Jaan_Tonisson_(Lasteleht), lk 39
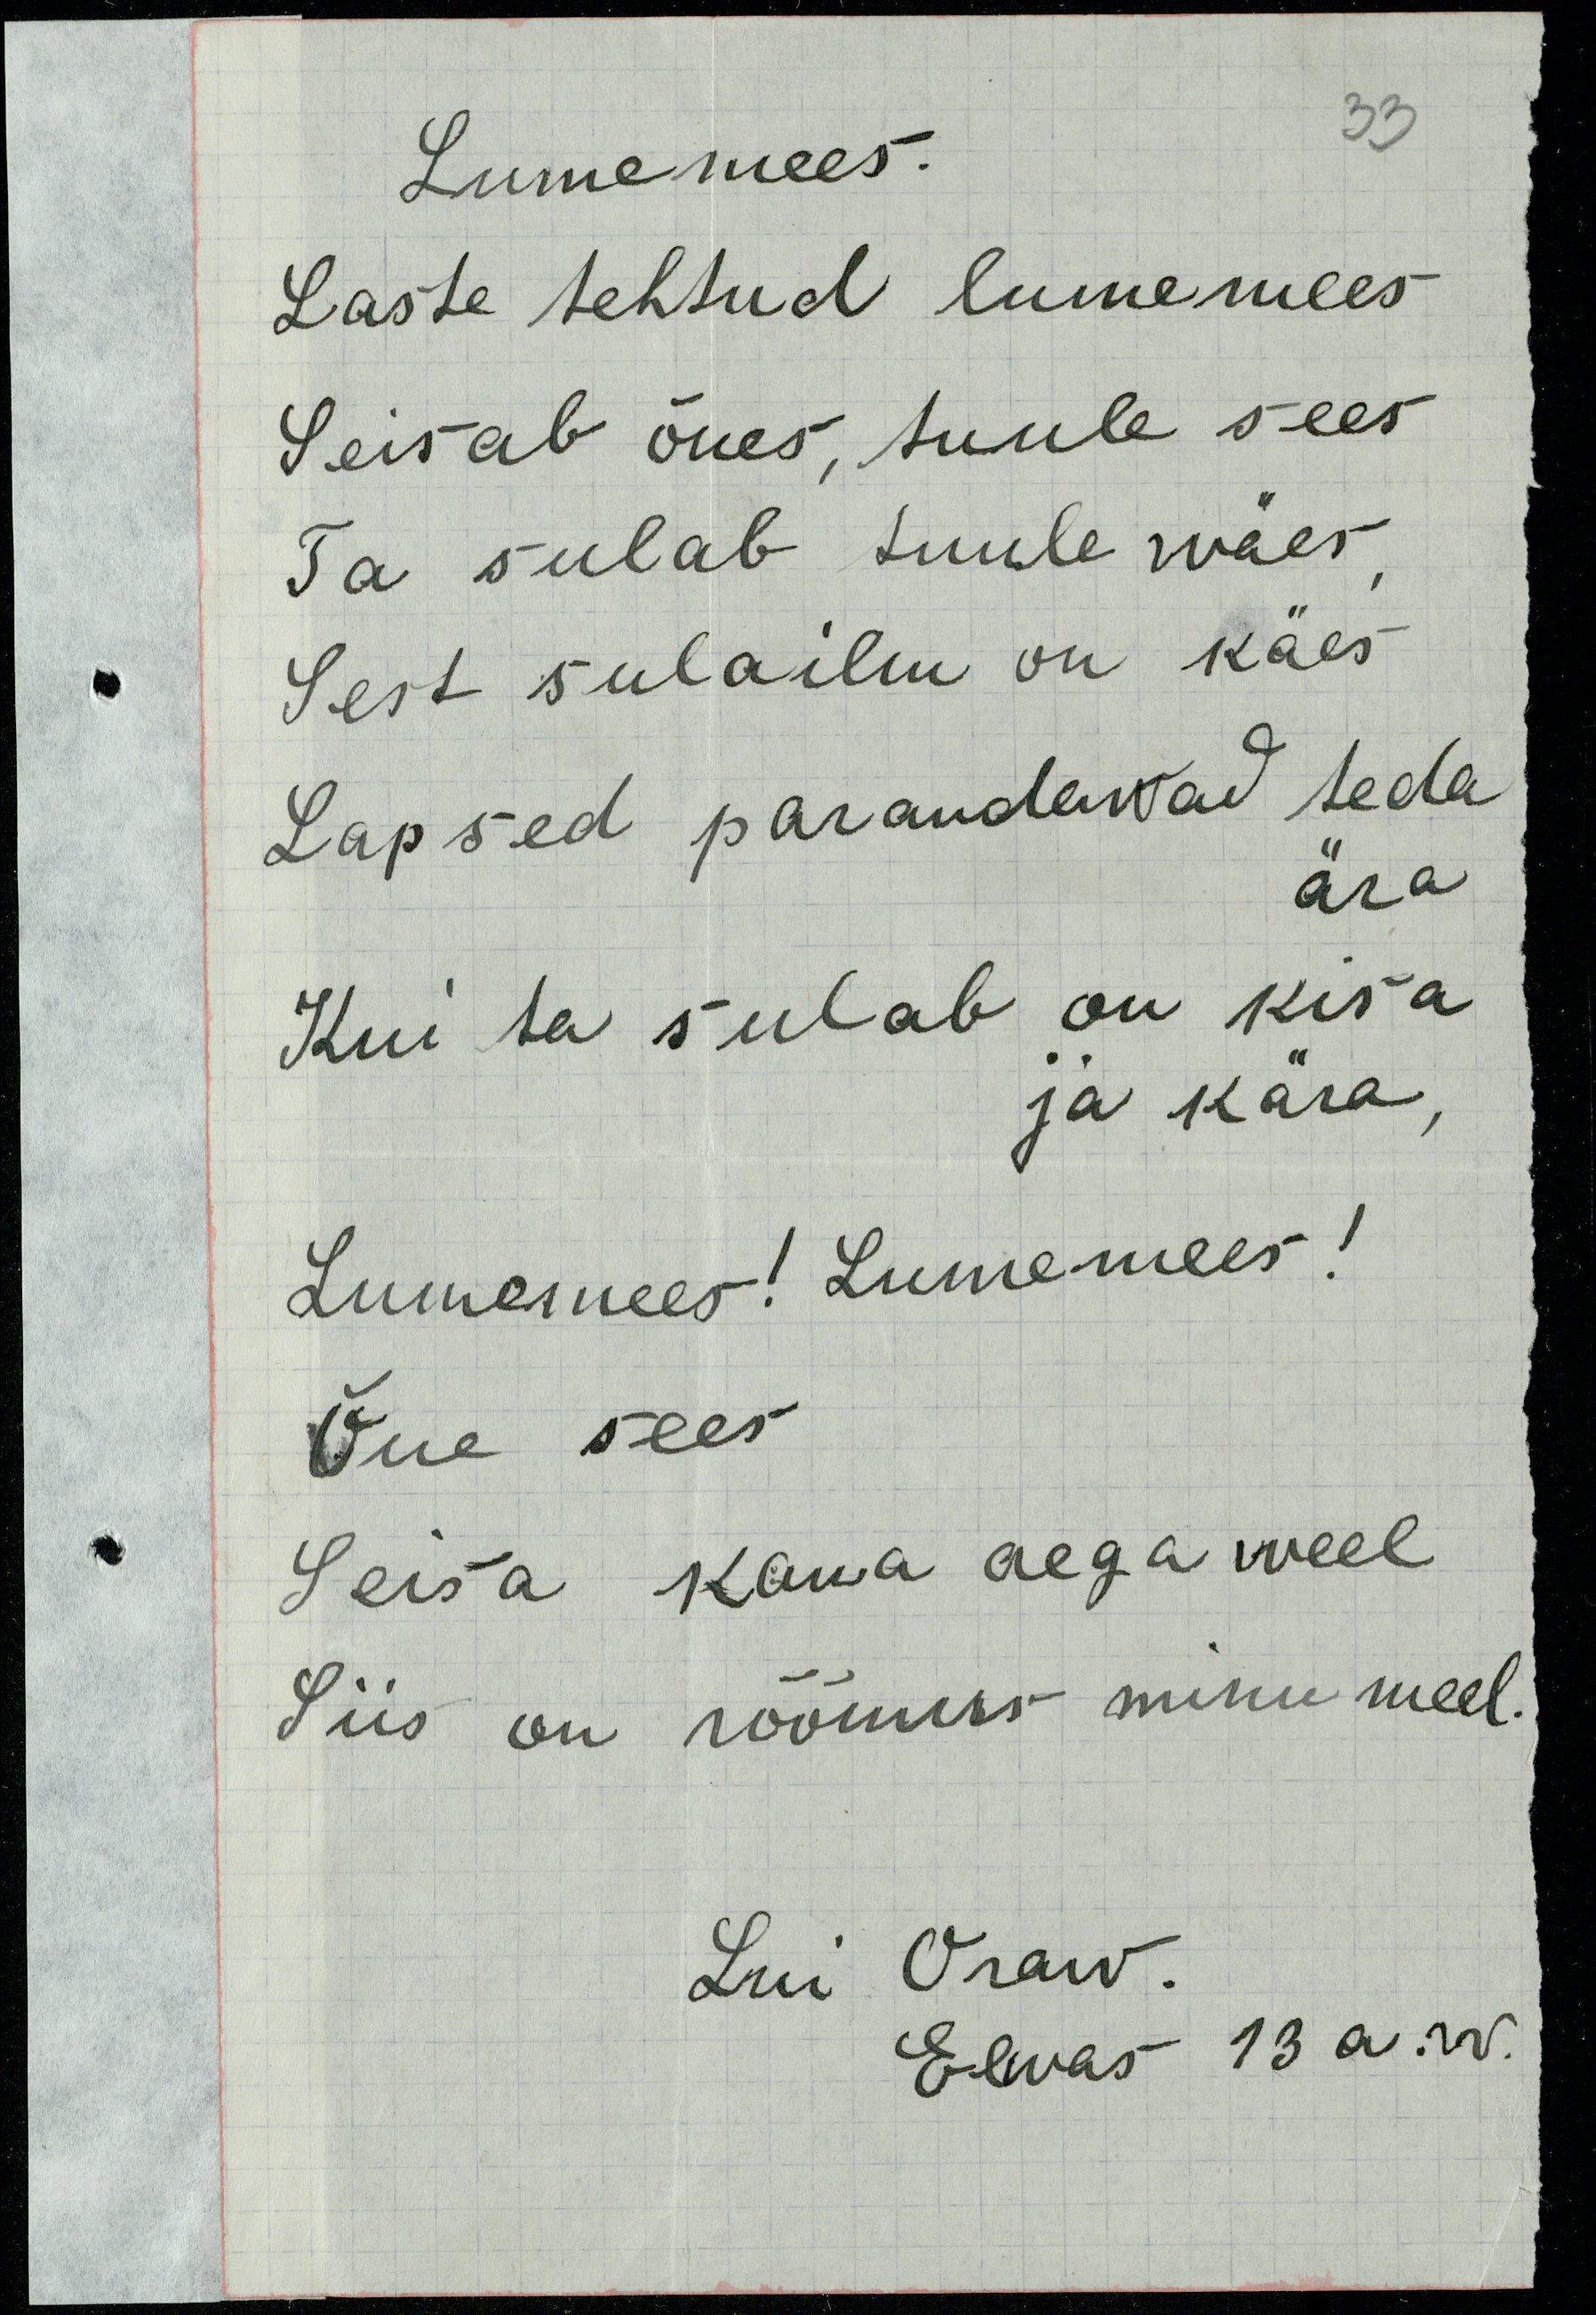
Lumemees.
Laste tehtud lumemees
Seisab õues, tuule sees
Ta sulab tuule wäes,
Sest sulailm on käes
Lapsed parandawad teda
ära
Kui ta sulab on kisa
ja kära
Lumemees! Lumemees!
Õue sees
Seisa kaua aega weel
Siis on rõõmus minu meel.
Lui Oraw
Elwas 13 a. w.